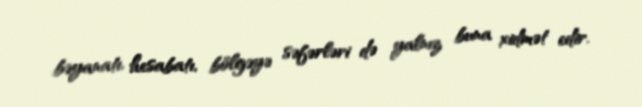
bəyanatı, hesabatı, bölgəyə səfərləri də yalnız buna xidmət edir.